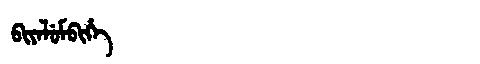
Manchu: ᠪᡳᠶᠠᠯᡠᠮᠪᡳᡥᡝ
Romanization: BIYALUMBIHE